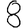
Digit: 8